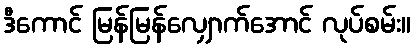
ဒီကောင် မြန်မြန်လျှောက်အောင် လုပ်စမ်း။